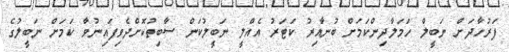
ފަރުހާދަށް ނަބީލް ހަމަލާދިންކަމަށް ބުނާއިރު ކަޓަރު އެއްލީ ނަބީލުކަން ސާބިތުކޮށްދެވިފައިނުވާ ކަމަށް ނަބީލުގެ